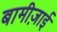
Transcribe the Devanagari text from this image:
बामीज़ाई